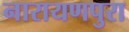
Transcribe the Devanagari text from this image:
नारायणपुरा